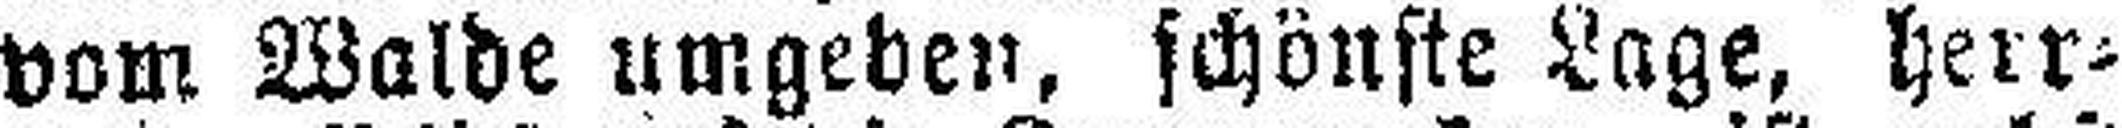
vom Walde umgeben, schönste Lage, herr¬